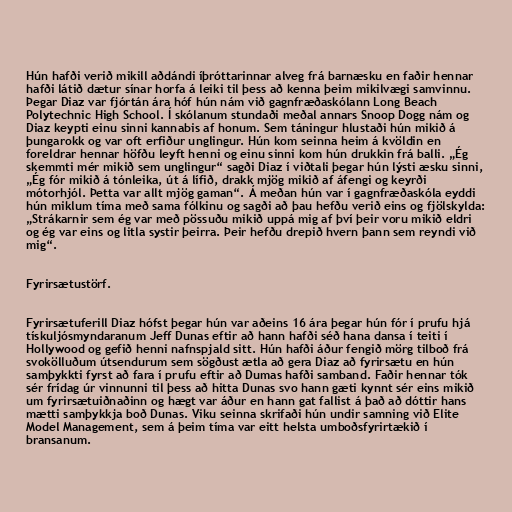
Hún hafði verið mikill aðdándi íþróttarinnar alveg frá barnæsku en faðir hennar
hafði látið dætur sínar horfa á leiki til þess að kenna þeim mikilvægi samvinnu.
Þegar Diaz var fjórtán ára hóf hún nám við gagnfræðaskólann Long Beach
Polytechnic High School. Í skólanum stundaði meðal annars Snoop Dogg nám og
Diaz keypti einu sinni kannabis af honum. Sem táningur hlustaði hún mikið á
þungarokk og var oft erfiður unglingur. Hún kom seinna heim á kvöldin en
foreldrar hennar höfðu leyft henni og einu sinni kom hún drukkin frá balli. „Ég
skemmti mér mikið sem unglingur“ sagði Diaz í viðtali þegar hún lýsti æsku sinni,
„Ég fór mikið á tónleika, út á lífið, drakk mjög mikið af áfengi og keyrði
mótorhjól. Þetta var allt mjög gaman“. Á meðan hún var í gagnfræðaskóla eyddi
hún miklum tíma með sama fólkinu og sagði að þau hefðu verið eins og fjölskylda:
„Strákarnir sem ég var með pössuðu mikið uppá mig af því þeir voru mikið eldri
og ég var eins og litla systir þeirra. Þeir hefðu drepið hvern þann sem reyndi við
mig“.

Fyrirsætustörf.

Fyrirsætuferill Diaz hófst þegar hún var aðeins 16 ára þegar hún fór í prufu hjá
tískuljósmyndaranum Jeff Dunas eftir að hann hafði séð hana dansa í teiti í
Hollywood og gefið henni nafnspjald sitt. Hún hafði áður fengið mörg tilboð frá
svokölluðum útsendurum sem sögðust ætla að gera Diaz að fyrirsætu en hún
samþykkti fyrst að fara í prufu eftir að Dumas hafði samband. Faðir hennar tók
sér frídag úr vinnunni til þess að hitta Dunas svo hann gæti kynnt sér eins mikið
um fyrirsætuiðnaðinn og hægt var áður en hann gat fallist á það að dóttir hans
mætti samþykkja boð Dunas. Viku seinna skrifaði hún undir samning við Elite
Model Management, sem á þeim tíma var eitt helsta umboðsfyrirtækið í
bransanum.